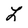
Character: L